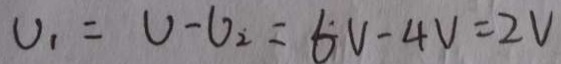
U _ { 1 } = U - U _ { 2 } = 6 V - 4 V = 2 V